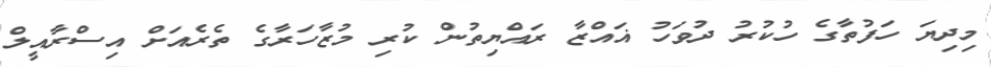
މިދިޔަ ހަފުތާގެ ހުކުރު ދުވަހު ޣައްޒާ ރައްޔިތުން ކުރި މުޒާހަރާގެ ތެރެއަށް އިސްރާއީލް